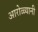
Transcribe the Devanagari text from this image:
आरोळ्यानी